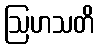
ဩဟသတိ